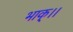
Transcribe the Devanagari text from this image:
भाक्।।